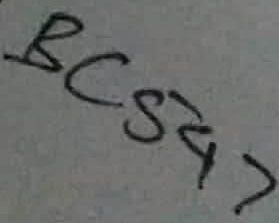
Text: BC547